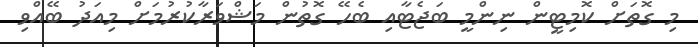
މި ގޮތަށް ކޮމިޓީން ނިންމީ ބަޖެޓާއި ބެހޭ ގޮތުން މަޝްވަރާކުރުމަށް މިއަދު ބޭއްވި